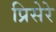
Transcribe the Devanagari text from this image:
प्रिसेरे